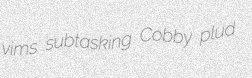
vims subtasking Cobby plud